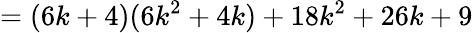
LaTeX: =(6k+4)(6k^{2}+4k)+18k^{2}+26k+9